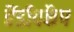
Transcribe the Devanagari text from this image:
हैंडीपकैप